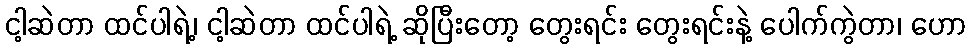
ငါ့ဆဲတာ ထင်ပါရဲ့၊ ငါ့ဆဲတာ ထင်ပါရဲ့ ဆိုပြီးတော့ တွေးရင်း တွေးရင်းနဲ့ ပေါက်ကွဲတာ၊ ဟော